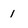
Character: 1